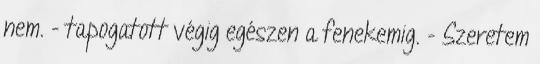
nem. - tapogatott végig egészen a fenekemig. - Szeretem